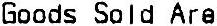
GOODS SOLD ARE